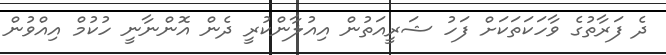
ދެ ފަރާތުގެ ވާހަކަތަކަށް ފަހު ޝަރީއަތުން އިއުލާންކުރީ ދެން އޮންނާނީ ހުކުމް އިއްވުން